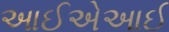
આઈએઆઈ